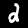
Label: 2